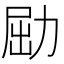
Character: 𠡰